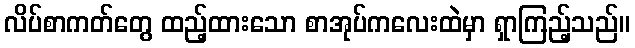
လိပ်စာကတ်တွေ ထည့်ထားသော စာအုပ်ကလေးထဲမှာ ရှာကြည့်သည်။